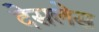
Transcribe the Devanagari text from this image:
देसलेस